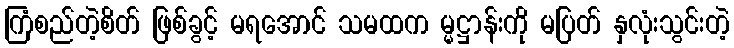
ကြံစည်တဲ့စိတ် ဖြစ်ခွင့် မရအောင် သမထက မ္မဋ္ဌာန်းကို မပြတ် နှလုံးသွင်းတဲ့